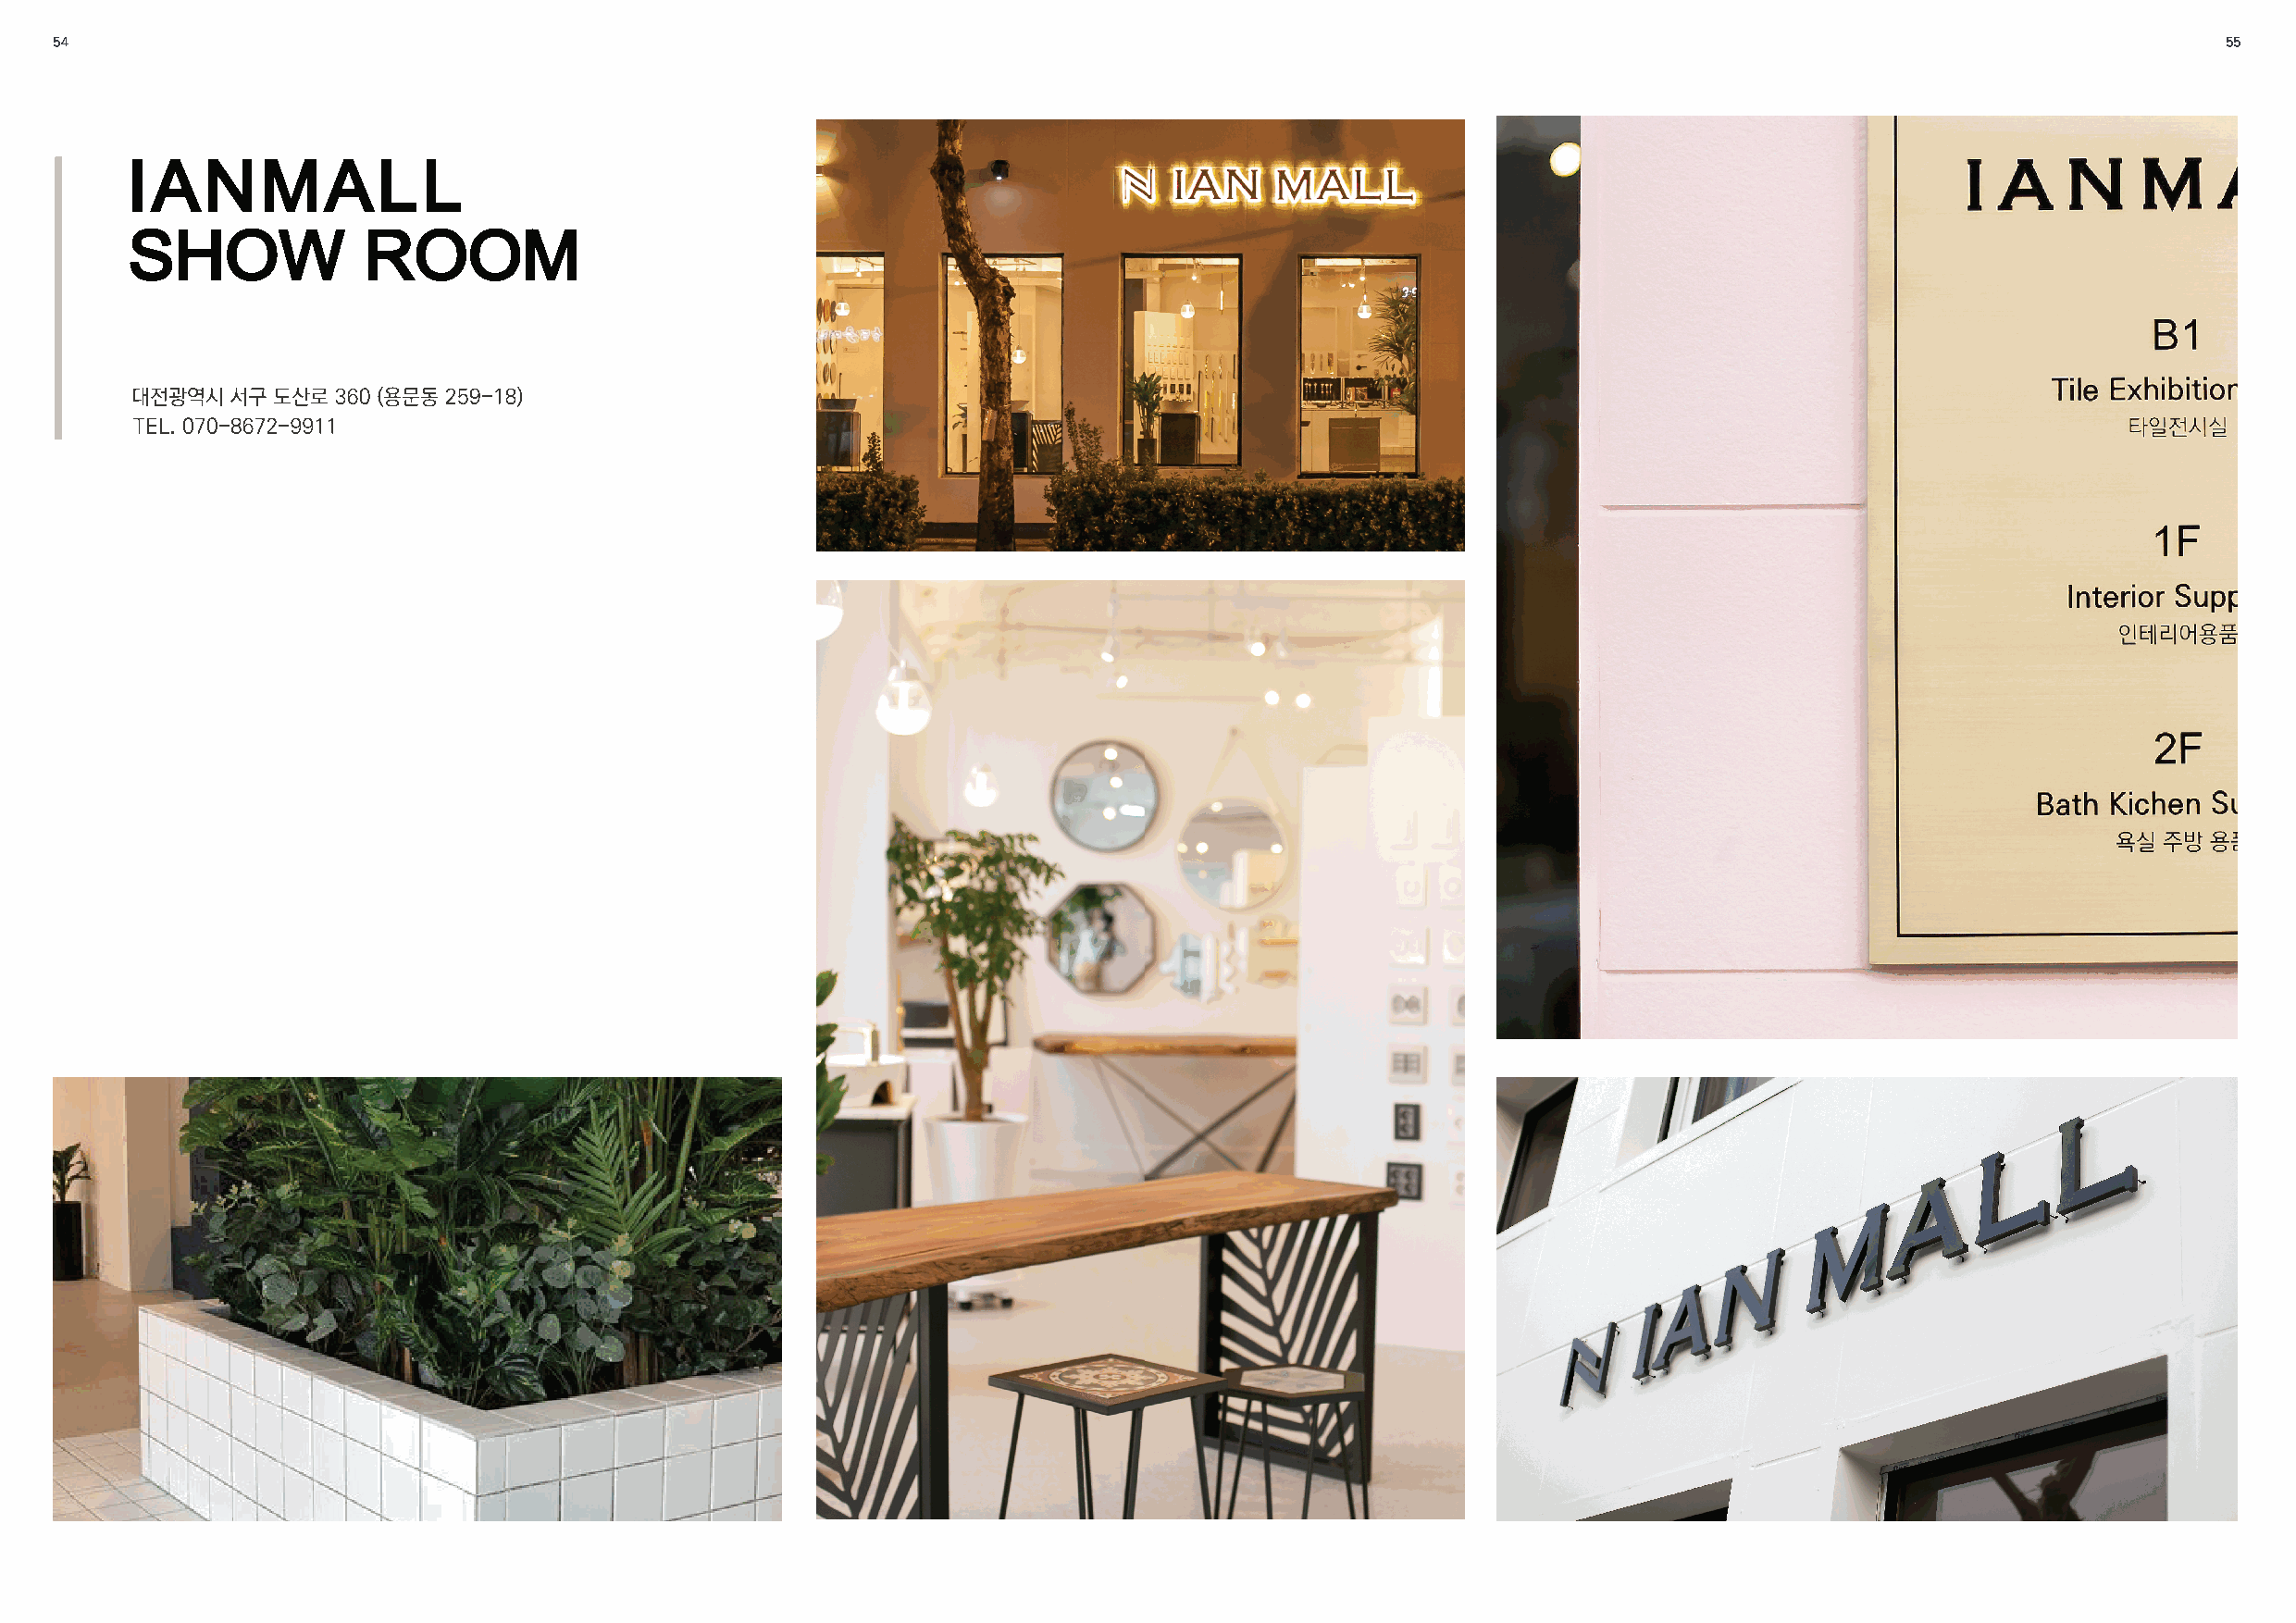
54                                                                                                                                                         55